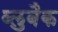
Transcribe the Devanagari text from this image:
ब्लुबैक